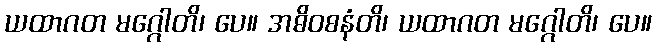
ယထာဂတ မဂ္ဂေါတိ၊ ပေ။ အဓိဝစနံတိ၊ ယထာဂတ မဂ္ဂေါတိ၊ ပေ။